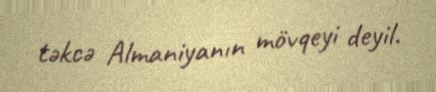
təkcə Almaniyanın mövqeyi deyil.